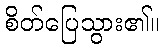
စိတ်ပြေသွား၏။